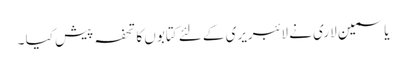
یاسمین لاری نے لائبریری کے لئے کتابوں کا تحفہ پیش کیا ۔